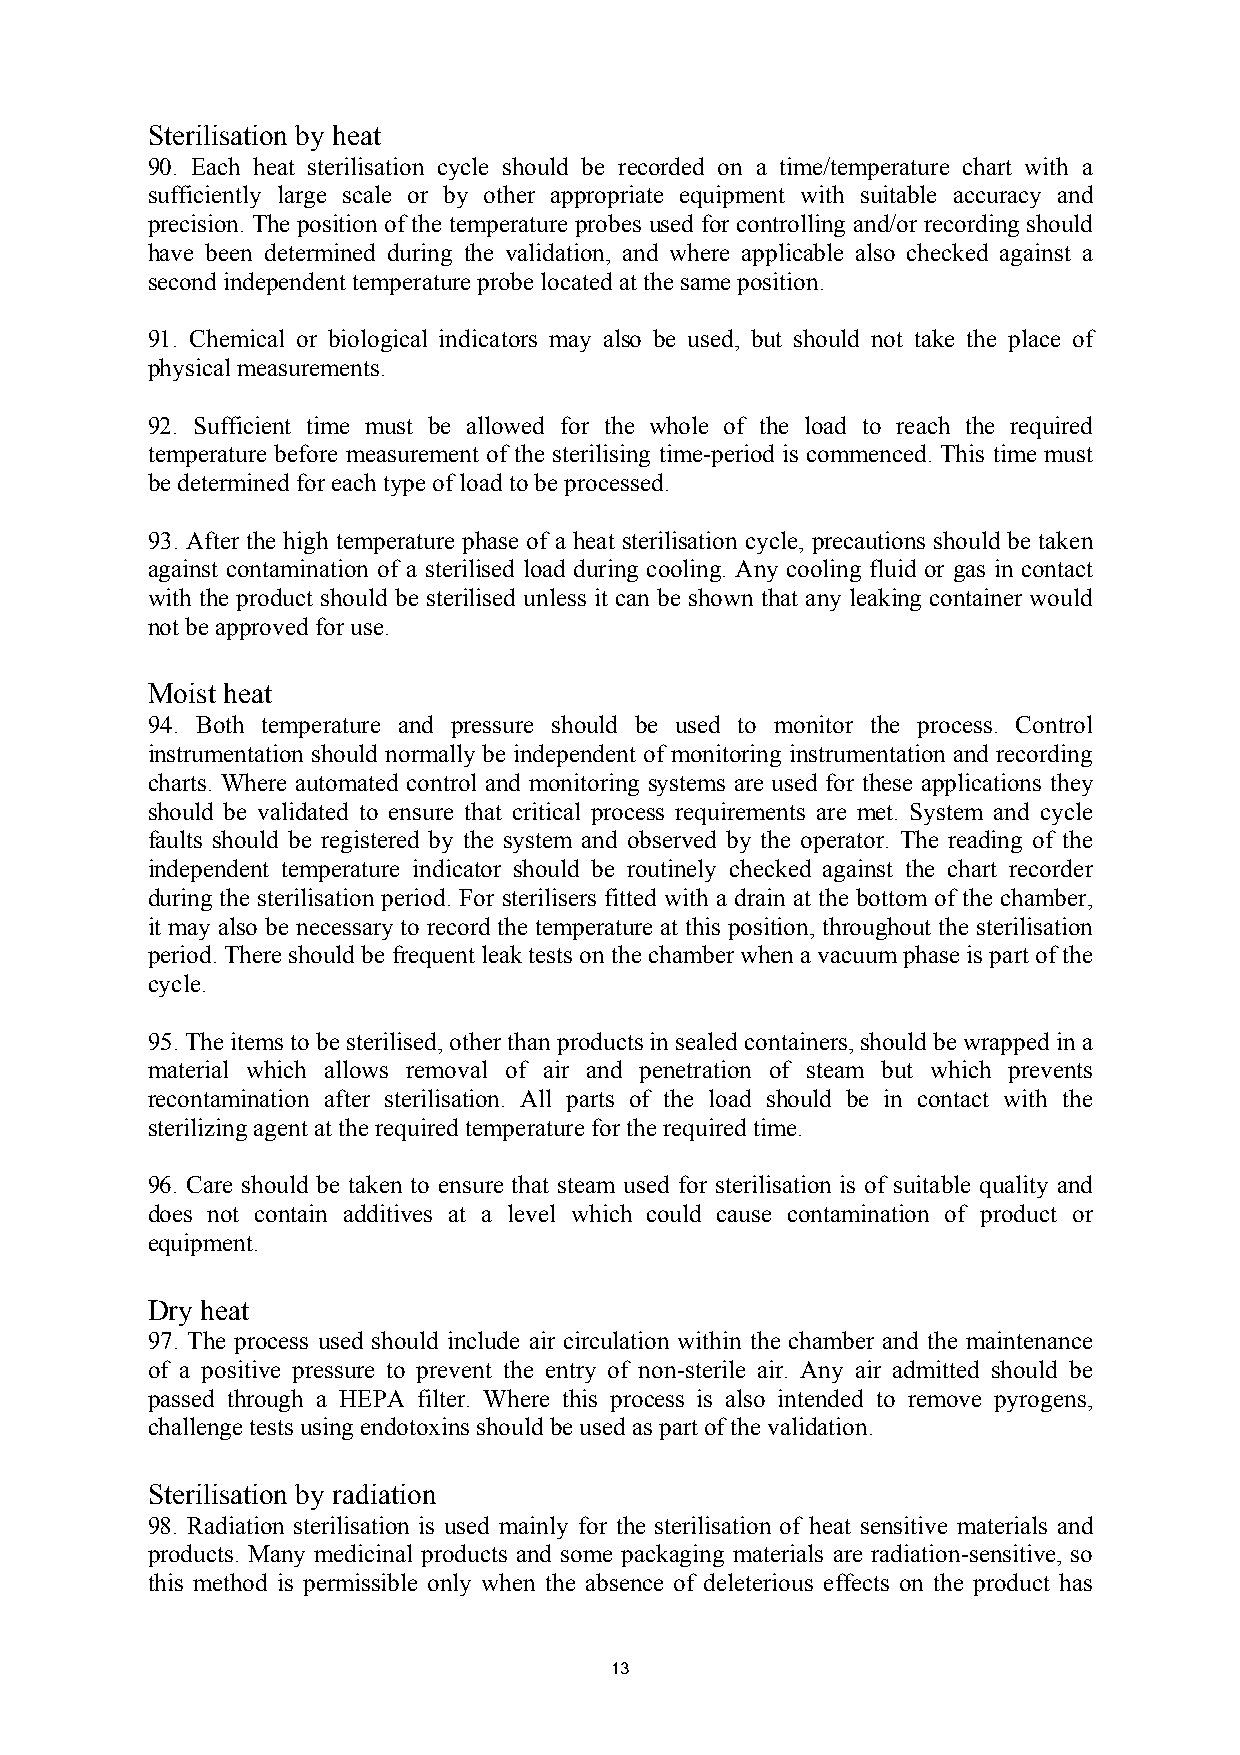
Sterilisation by heat
 90. Each heat sterilisation cycle should be recorded on a time/temperature chart with a
 sufficiently large scale or by other appropriate equipment with suitable accuracy and
 precision. The position of the temperature probes used for controlling and/or recording should
 have been determined during the validation, and where applicable also checked against a
 second independent temperature probe located at the same position.
 91. Chemical or biological indicators may also be used, but should not take the place of
 physical measurements.
 92. Sufficient time must be allowed for the whole of the load to reach the required
 temperature before measurement of the sterilising time-period is commenced. This time must
 be determined for each type of load to be processed.
 93. After the high temperature phase of a heat sterilisation cycle, precautions should be taken
 against contamination of a sterilised load during cooling. Any cooling fluid or gas in contact
 with the product should be sterilised unless it can be shown that any leaking container would
 not be approved for use.
 Moist heat
 94. Both temperature and pressure should be used to monitor the process. Control
 instrumentation should normally be independent of monitoring instrumentation and recording
 charts. Where automated control and monitoring systems are used for these applications they
 should be validated to ensure that critical process requirements are met. System and cycle
 faults should be registered by the system and observed by the operator. The reading of the
 independent temperature indicator should be routinely checked against the chart recorder
 during the sterilisation period. For sterilisers fitted with a drain at the bottom of the chamber,
 it may also be necessary to record the temperature at this position, throughout the sterilisation
 period. There should be frequent leak tests on the chamber when a vacuum phase is part of the
 cycle.
 95. The items to be sterilised, other than products in sealed containers, should be wrapped in a
 material which allows removal of air and penetration of steam but which prevents
 recontamination after sterilisation. All parts of the load should be in contact with the
 sterilizing agent at the required temperature for the required time.
 96. Care should be taken to ensure that steam used for sterilisation is of suitable quality and
 does not contain additives at a level which could cause contamination of product or
 equipment.
 Dry heat
 97. The process used should include air circulation within the chamber and the maintenance
 of a positive pressure to prevent the entry of non-sterile air. Any air admitted should be
 passed through a HEPA filter. Where this process is also intended to remove pyrogens,
 challenge tests using endotoxins should be used as part of the validation.
 Sterilisation by radiation
 98. Radiation sterilisation is used mainly for the sterilisation of heat sensitive materials and
 products. Many medicinal products and some packaging materials are radiation-sensitive, so
 this method is permissible only when the absence of deleterious effects on the product has
 13